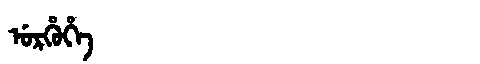
Manchu: ᡠᡵᡥᡠᡥᡝ
Romanization: URHUHE